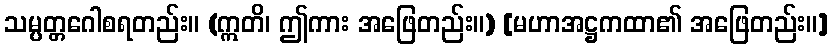
သမ္ပတ္တဂေါစရတည်း။ (ဣတိ၊ ဤကား အဖြေတည်း။) [မဟာအဋ္ဌကထာ၏ အဖြေတည်း။]